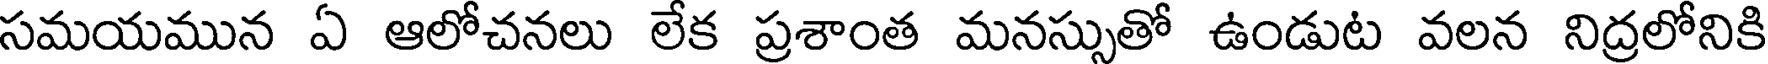
సమయమున ఏ ఆలోచనలు లేక ప్రశాంత మనస్సుతో ఉండుట వలన నిద్రలోనికి